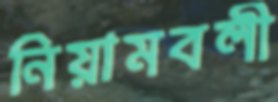
নিয়ামবলী